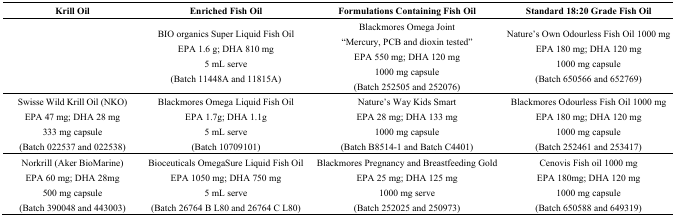
<table><thead><tr><td><b>Krill Oil</b></td><td><b>Enriched Fish Oil</b></td><td><b>Formulations Containing Fish Oil</b></td><td><b>Standard 18:20 Grade Fish Oil</b></td></tr></thead><tbody><tr><td></td><td>BIO organics Super Liquid Fish Oil EPA 1.6 g; DHA 810 mg 5 mL serve (Batch 11448A and 11815A)</td><td>Blackmores Omega Joint “Mercury, PCB and dioxin tested” EPA 550 mg; DHA 120 mg 1000 mg capsule(Batch 252505 and 252076)</td><td>Nature’s Own Odourless Fish Oil 1000 mg EPA 180 mg; DHA 120 mg 1000 mg capsule(Batch 650566 and 652769)</td></tr><tr><td>Swisse Wild Krill Oil (NKO) EPA 47 mg; DHA 28 mg 333 mg capsule (Batch 022537 and 022538)</td><td>Blackmores Omega Liquid Fish Oil EPA 1.7g; DHA 1.1g 5 mL serve(Batch 10709101)</td><td>Nature’s Way Kids Smart EPA 28 mg; DHA 133 mg 1000 mg capsule(Batch B8514-1 and Batch C4401)</td><td>Blackmores Odourless Fish Oil 1000 mgEPA 180 mg; DHA 120 mg 1000 mg capsule(Batch 252461 and 253417)</td></tr><tr><td>Norkrill (Aker BioMarine) EPA 60 mg; DHA 28mg 500 mg capsule(Batch 390048 and 443003)</td><td>Bioceuticals OmegaSure Liquid Fish Oil EPA 1050 mg; DHA 750 mg 5 mL serve(Batch 26764 B L80 and 26764 C L80)</td><td>Blackmores Pregnancy and Breastfeeding Gold EPA 25 mg; DHA 125 mg 1000 mg serve(Batch 252025 and 250973)</td><td>Cenovis Fish oil 1000 mgEPA 180mg; DHA 120 mg 1000 mg capsule(Batch 650588 and 649319)</td></tr></tbody></table>